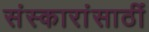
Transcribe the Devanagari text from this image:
संस्कारांसाठीं